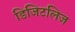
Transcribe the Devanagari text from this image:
डिजिटलिज